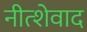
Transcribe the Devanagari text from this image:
नीत्शेवाद